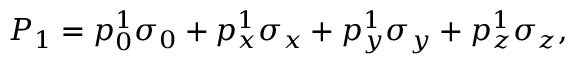
P _ { 1 } = p _ { 0 } ^ { 1 } \sigma _ { 0 } + p _ { x } ^ { 1 } \sigma _ { x } + p _ { y } ^ { 1 } \sigma _ { y } + p _ { z } ^ { 1 } \sigma _ { z } ,